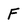
Character: F